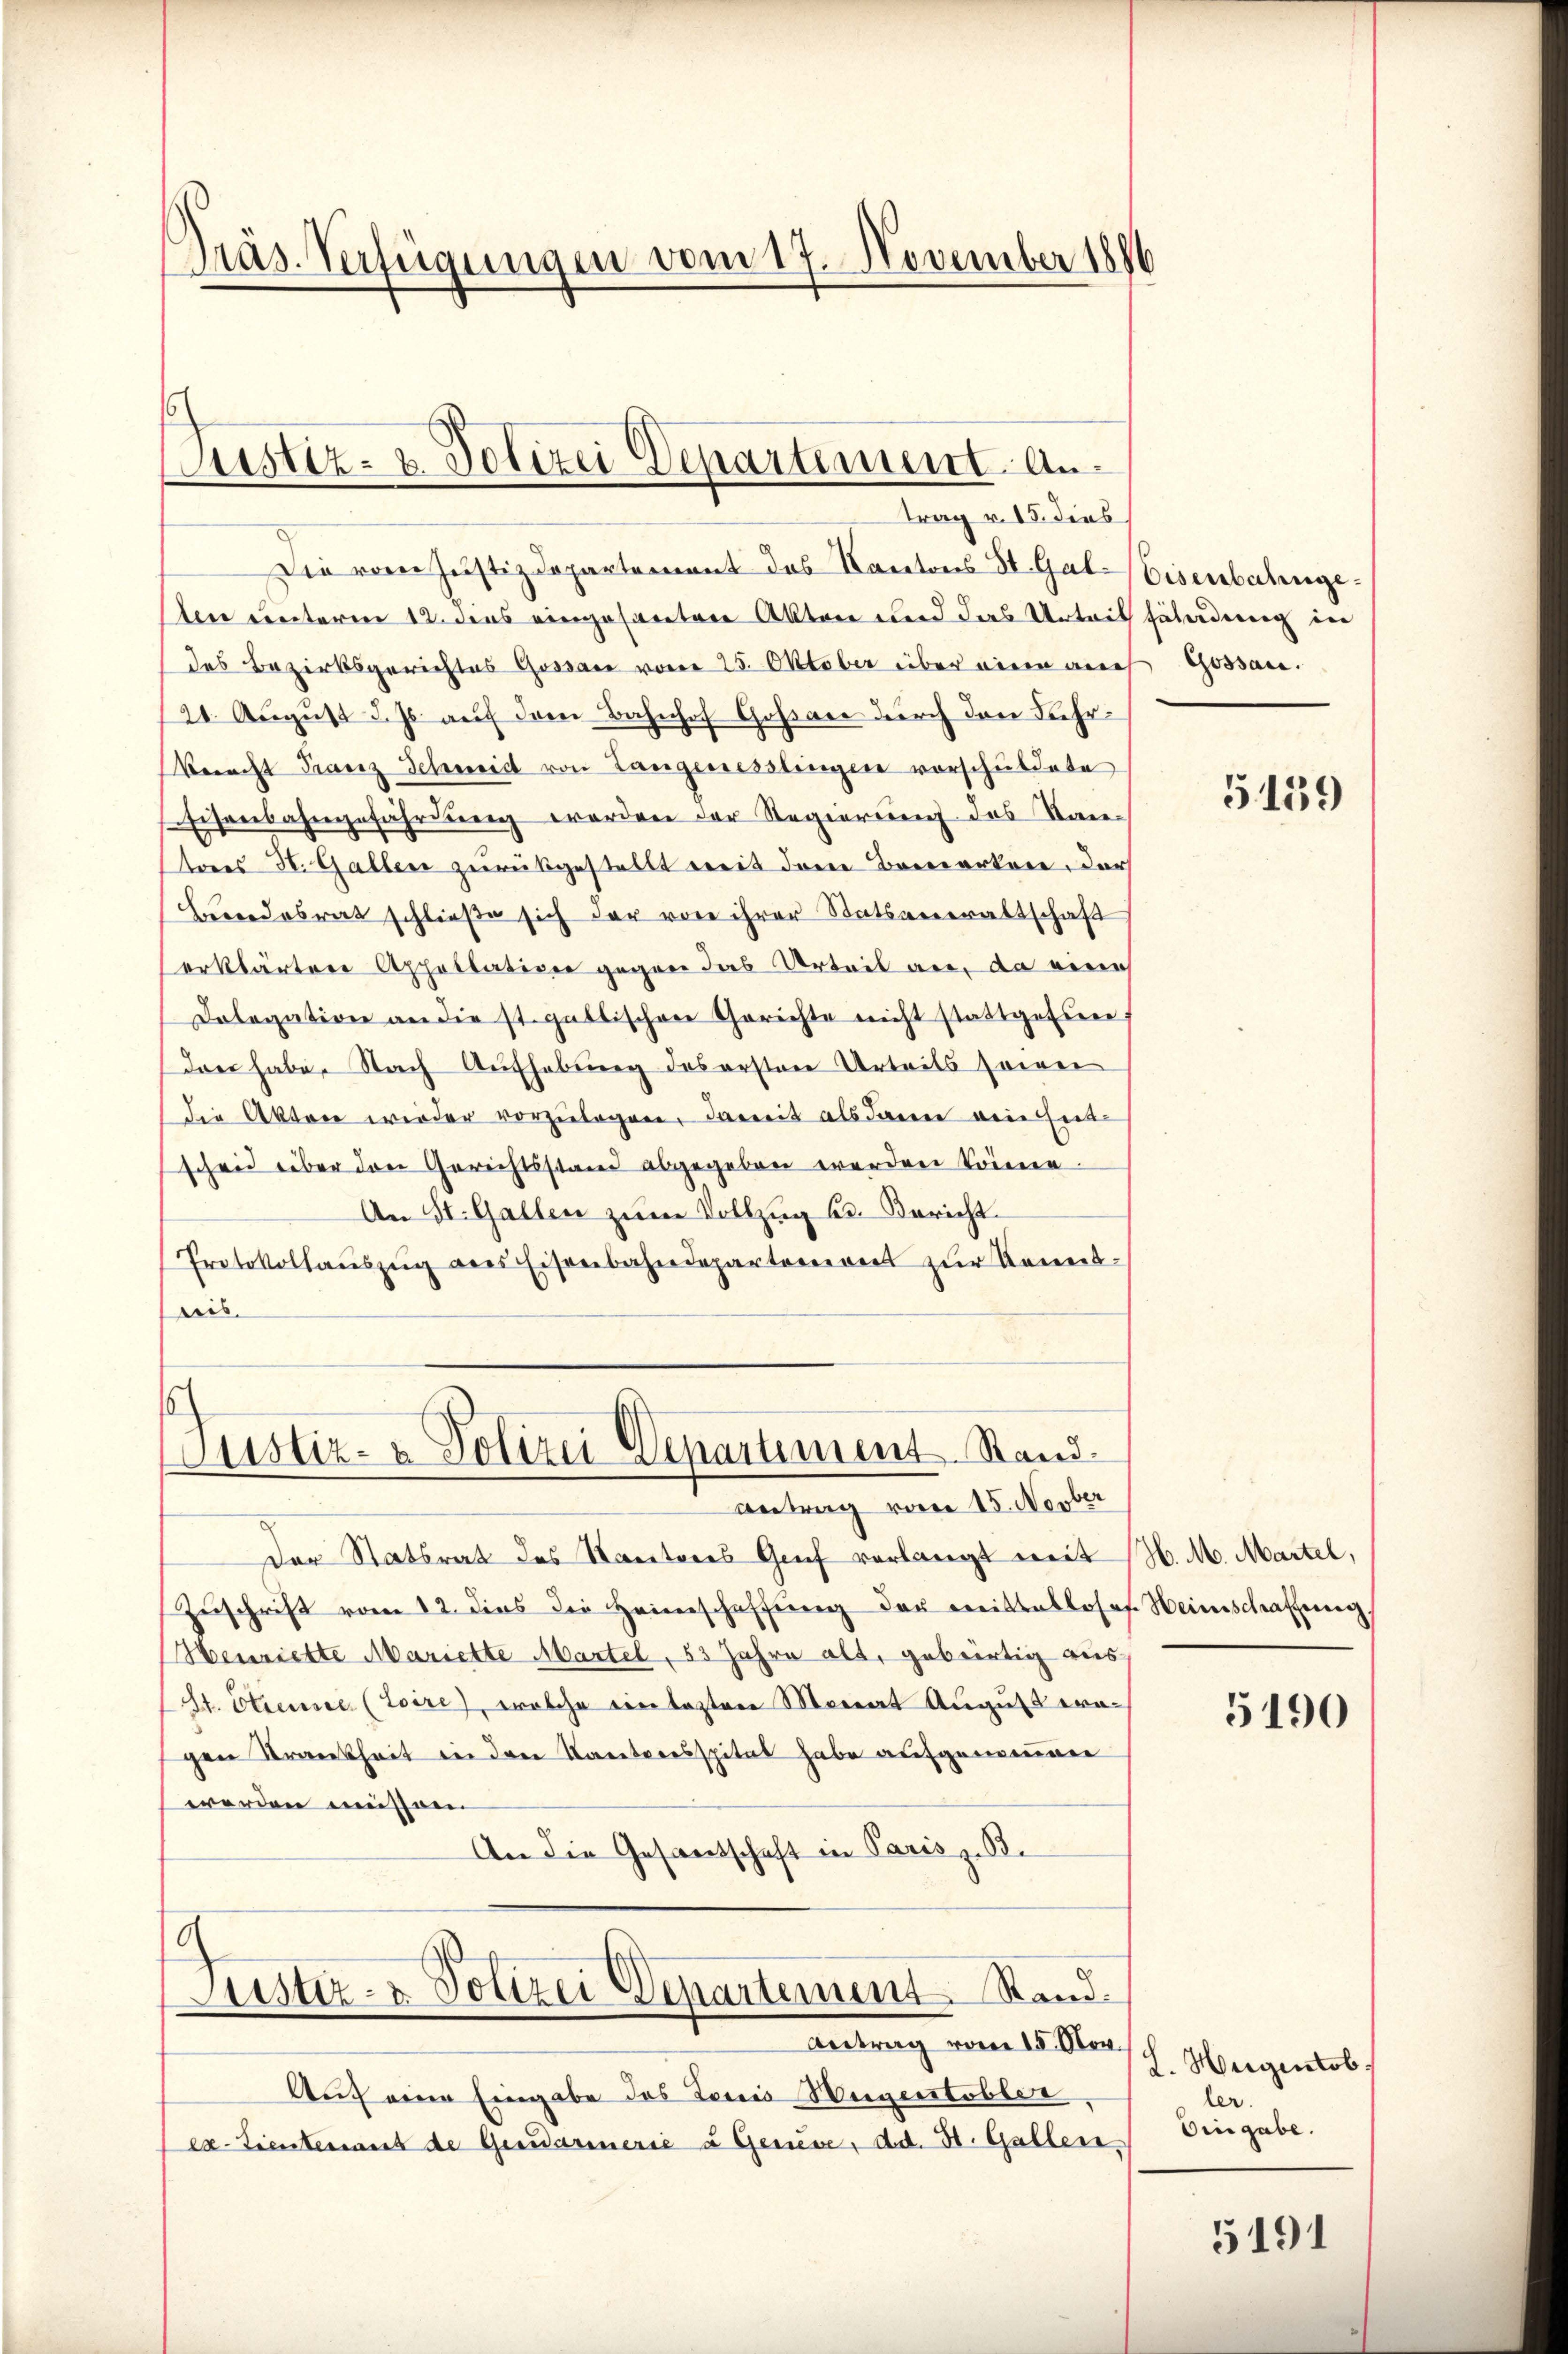
Präs. Verfügungen vom 17. November 1896

Die vom Justizdepartement des Kantons St. Gal-Eisenbahnge¬
Aen unterm 12. dens eingesantere Akten und das Urteit fährdung der
des Bezirksgerichtes Gossau vom 25. Oktober über einen auch Gossare.
21. August d. Js. auf dem Bahnhof Goßau durch den Fahr¬
Berecht Franz Schweid von Langenesslingen vorschuldete
Eisenbahngefährdung worden der Regierung des Kantores H. Gallen zurükgestellt weit dene Bemerkere, der
Berredosrat schlieβe sich der von ihrer Statsanwaltschaft
erklärten Apollativen gegen das Urteil an, da eine
Dolegation an die st. güttischen Gerichte nicht stattgessen
dres habe. Nach Aufhebung des ersten Urteils sowei
die Akten wieder vorzŭlagen, damit als dann ainsi
scheid über den Gerichtsstand abgegeben werden könne.
An St. Gallen zum Vollzug u. Bericht.
Protokollaŭszŭg des Eisenbahndepartemont zur Kenntris.

Justiz- & Polizei Departement. Antrag v. 15. dies

s
Justiz- & Polizei Departement. Stand¬
Antrag vom 15. Novber

der Statsrat des Sanitores Grief vorlangt mit H. M. Martel,
Zŭschrift vom 12. dies die Heimschaffŭng der mitsloses Heimschaffung
Henriette Mariette Martel, 53 Jahre alt, gebürtig aus
t. Etienne (toire, welche ein lezten Monat August eragen Krankheit in den Karteresspital habe aufgenommen
werden müssen
An die Gesandschaft in Paris zuste
g
Justiz- & Polizei Departement Stand.
Antrag vom 15. Nov.
Auch eine Eingabe des Louis Weigentobler
ex tientenant de Gendarmerie u Geneve, ad. H. Gallen

5159

5190

(L. Weigentob
ler.
Eingabe.

5191